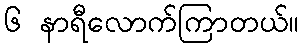
၆ နာရီလောက်ကြာတယ်။